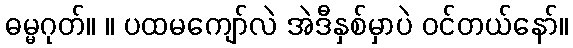
ဓမ္မဂုတ်။ ။ ပထမကျော်လဲ အဲဒီနှစ်မှာပဲ ဝင်တယ်နော်။